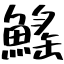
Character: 鰩